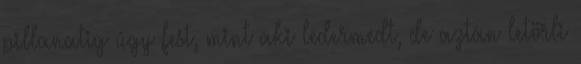
pillanatig úgy fest, mint aki ledermedt, de aztán letörli